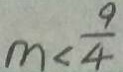
m < \frac { 9 } { 4 }